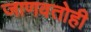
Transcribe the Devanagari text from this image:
जाणवतोही